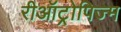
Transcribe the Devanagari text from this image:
रीऑट्रोपिज्म